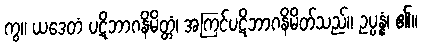
ကွ။ ယဒေတံ ပဋိဘာဂနိမိတ္တံ၊ အကြင်ပဋိဘာဂနိမိတ်သည်။ ဥပ္ပန္နံ၊ ၏။